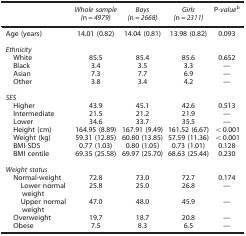
<table><thead><tr><td><b> </b></td><td><b><i>Whole sample (</i>n=<i>4979)</i></b></td><td><b><i>Boys (</i>n=<i>2668)</i></b></td><td><b><i>Girls (</i>n=<i>2311)</i></b></td><td><b>P<i>-value</i>b</b></td></tr></thead><tbody><tr><td>Age (years)</td><td>14.01 (0.82)</td><td>14.04 (0.81)</td><td>13.98 (0.82)</td><td>0.093</td></tr><tr><td colspan="5"> </td></tr><tr><td colspan="5"><i>Ethnicity</i></td></tr><tr><td> White</td><td>85.5</td><td>85.4</td><td>85.6</td><td>0.652</td></tr><tr><td> Black</td><td>3.4</td><td>3.5</td><td>3.3</td><td>—</td></tr><tr><td> Asian</td><td>7.3</td><td>7.7</td><td>6.9</td><td>—</td></tr><tr><td> Other</td><td>3.8</td><td>3.4</td><td>4.2</td><td>—</td></tr><tr><td colspan="5"> </td></tr><tr><td colspan="5"><i>SES</i></td></tr><tr><td> Higher</td><td>43.9</td><td>45.1</td><td>42.6</td><td>0.513</td></tr><tr><td> Intermediate</td><td>21.5</td><td>21.2</td><td>21.9</td><td>—</td></tr><tr><td> Lower</td><td>34.6</td><td>33.7</td><td>35.5</td><td>—</td></tr><tr><td> Height (cm)</td><td>164.95 (8.89)</td><td>167.91 (9.49)</td><td>161.52 (6.67)</td><td>&lt;0.001</td></tr><tr><td> Weight (kg)</td><td>59.31 (12.85)</td><td>60.80 (13.85)</td><td>57.59 (11.36)</td><td>&lt;0.001</td></tr><tr><td> BMI-SDS</td><td>0.77 (1.03)</td><td>0.80 (1.05)</td><td>0.73 (1.01)</td><td>0.128</td></tr><tr><td> BMI centile</td><td>69.35 (25.58)</td><td>69.97 (25.70)</td><td>68.63 (25.44)</td><td>0.230</td></tr><tr><td colspan="5"> </td></tr><tr><td colspan="5"><i>Weight status</i></td></tr><tr><td> Normal-weight</td><td>72.8</td><td>73.0</td><td>72.7</td><td>0.174</td></tr><tr><td>Lower normal weight</td><td>25.8</td><td>25.0</td><td>26.8</td><td>—</td></tr><tr><td>Upper normal weight</td><td>47.0</td><td>48.0</td><td>45.9</td><td>—</td></tr><tr><td> Overweight</td><td>19.7</td><td>18.7</td><td>20.8</td><td>—</td></tr><tr><td> Obese</td><td>7.5</td><td>8.3</td><td>6.5</td><td>—</td></tr></tbody></table>